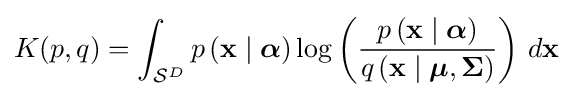
K(p,q)=\int _{{\mathcal {S}}^{D}}p\left(\mathbf {x} \mid {\boldsymbol {\alpha }}\right)\log \left({\frac {p\left(\mathbf {x} \mid {\boldsymbol {\alpha }}\right)}{q\left(\mathbf {x} \mid {\boldsymbol {\mu }},{\boldsymbol {\Sigma }}\right)}}\right)\,d\mathbf {x}